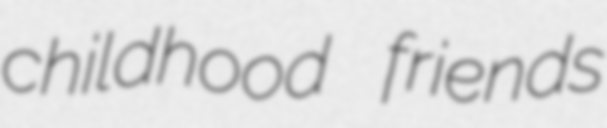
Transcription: childhood friends